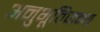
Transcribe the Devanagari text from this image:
अनुभूतिजन्य